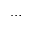
\dots